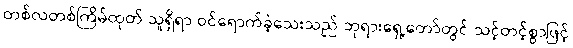
တစ်လတစ်ကြိမ်ထုတ် သူရှိရာ ဝင်ရောက်ခဲ့သေးသည် ဘုရားရှေ့တော်တွင် သင့်တင့်စွာဖြင့်